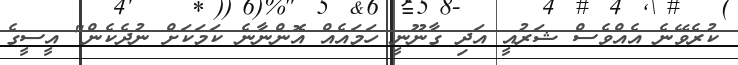
ކުރެވޭނެ އެއްވެސް ޝަރުއީ އަދި ގާނޫނީ ހަމައެއް އޮންނާނެ ކަމަކަށް ނުދެކެން" އީސީގެ